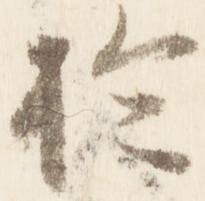
於